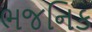
ભજનિક